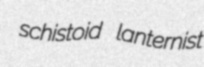
schistoid lanternist